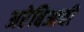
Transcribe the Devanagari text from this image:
अरेबिआची